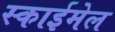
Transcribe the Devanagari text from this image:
स्काईमेल